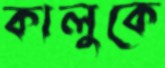
কালুকে